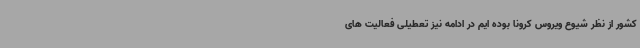
کشور از نظر شیوع ویروس کرونا بوده ایم در ادامه نیز تعطیلی فعالیت های